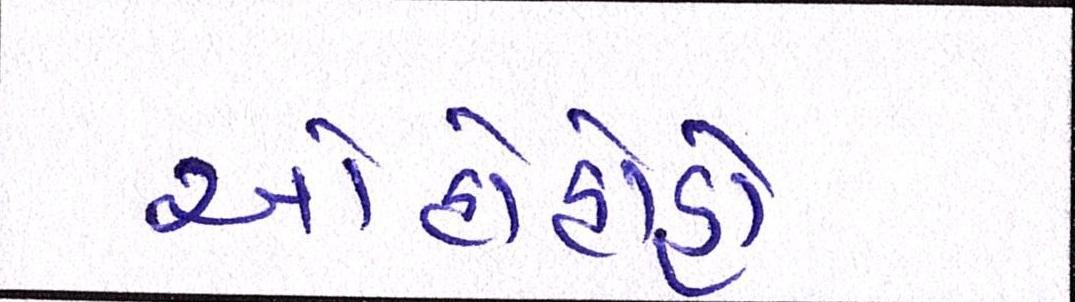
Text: ઓહોહોહો